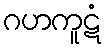
ဂဟကူဋံ